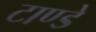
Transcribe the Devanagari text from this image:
टाण्डे